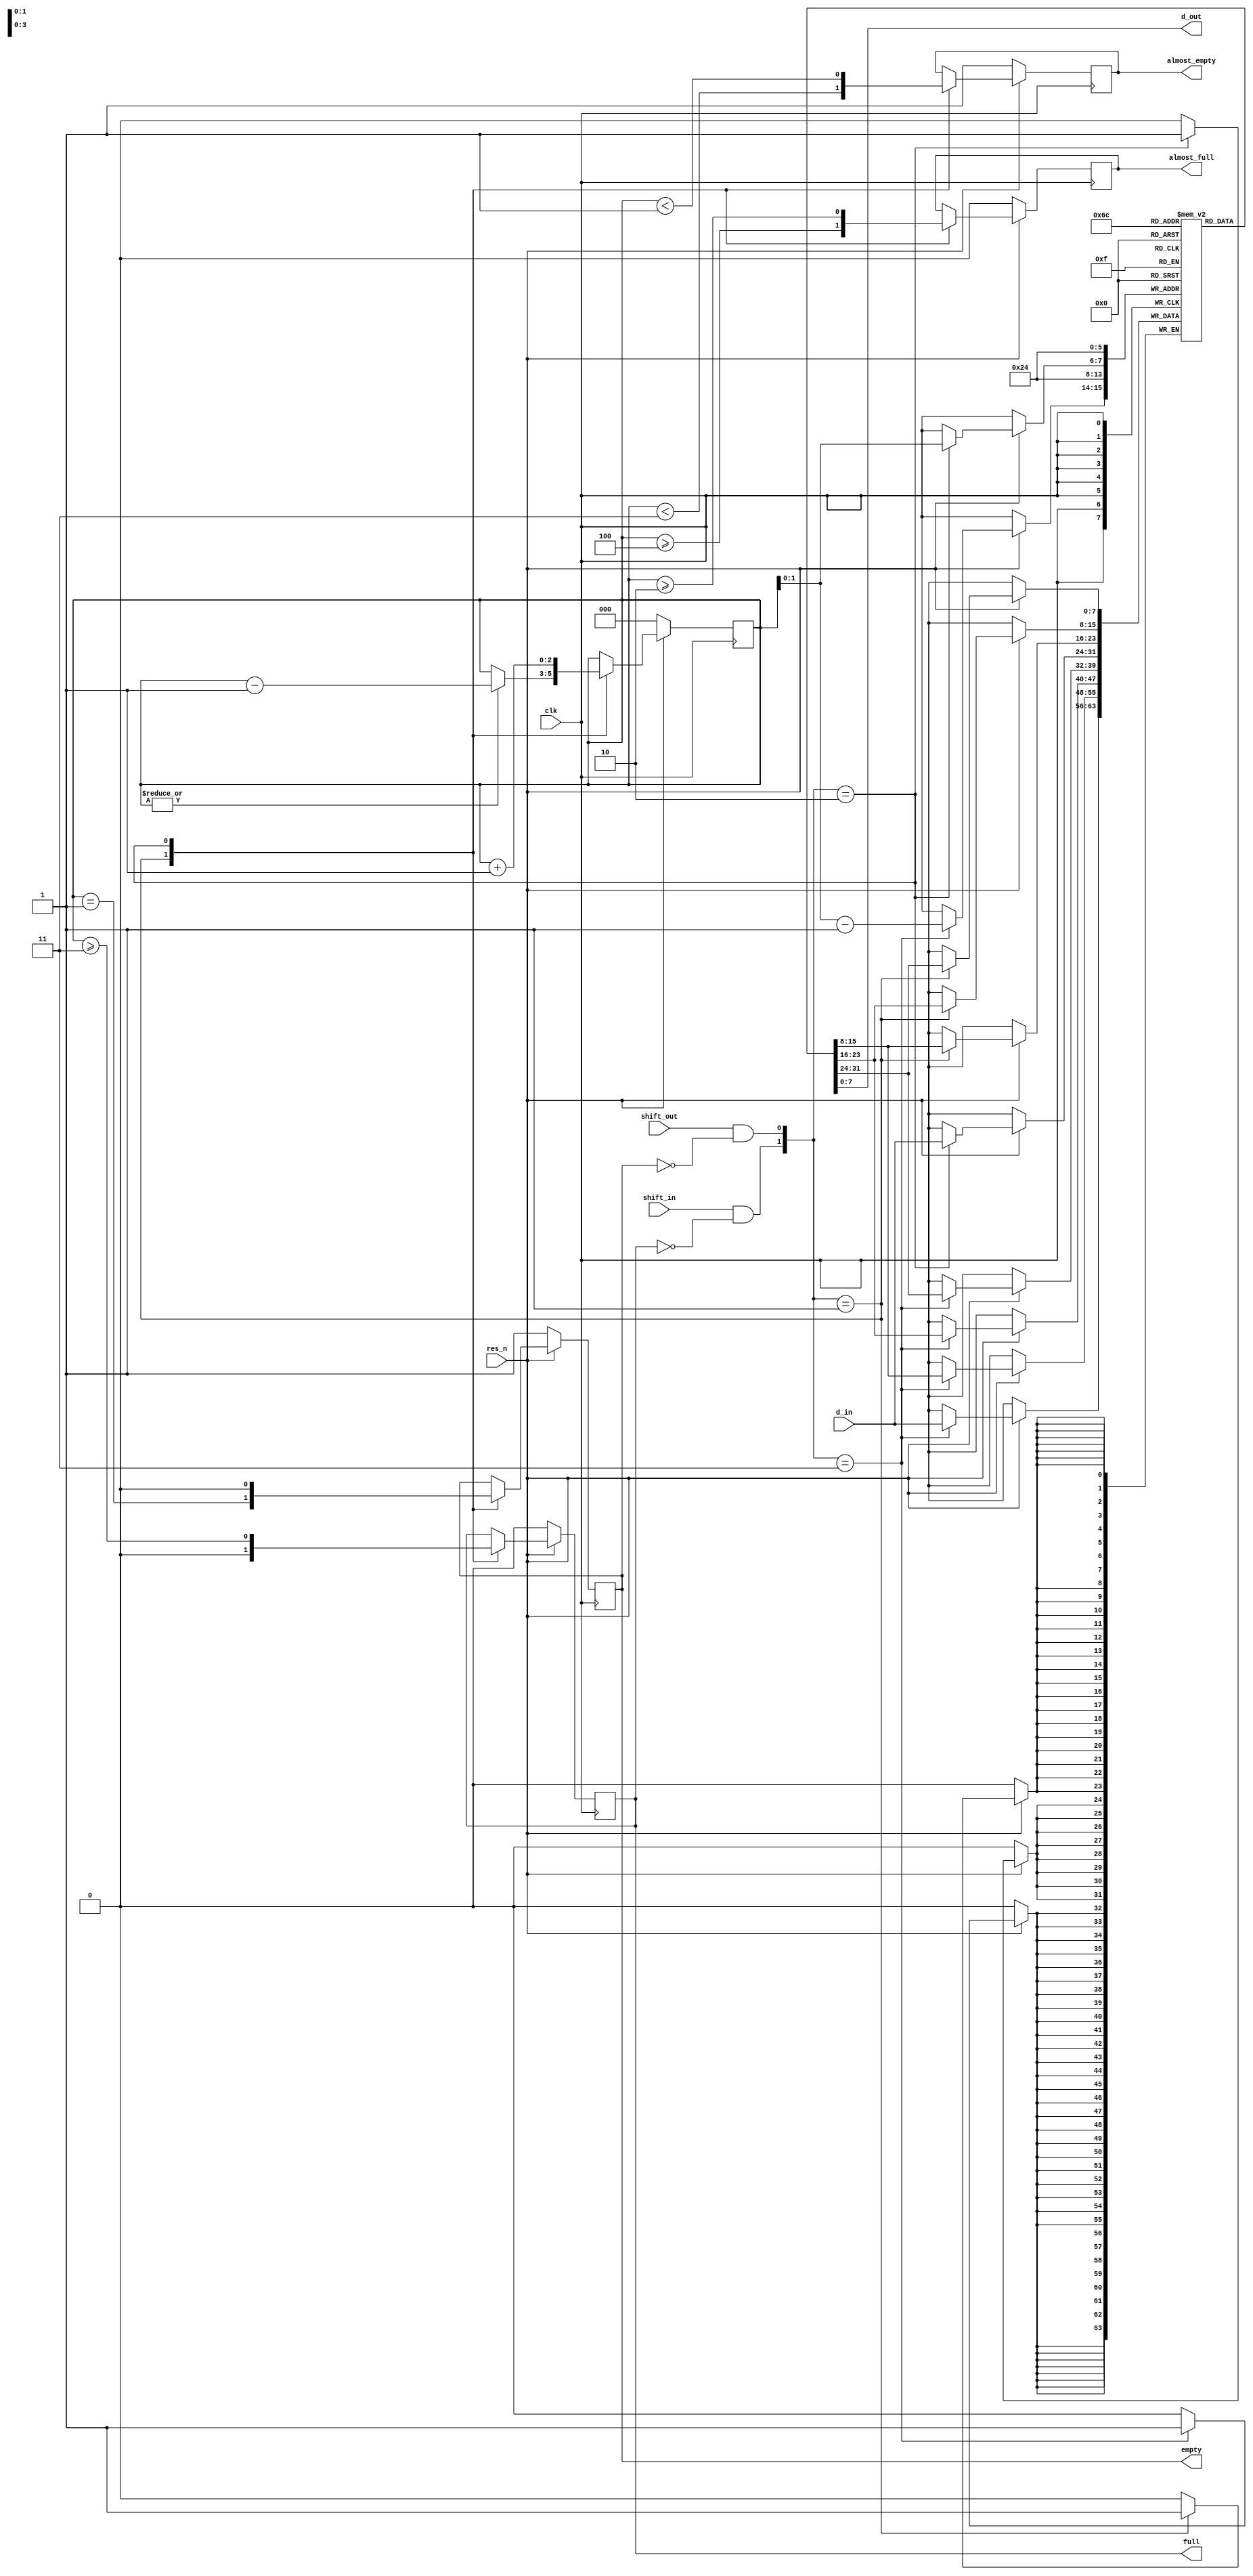
/*
 *                              .--------------. .----------------. .------------.
 *                             | .------------. | .--------------. | .----------. |
 *                             | | ____  ____ | | | ____    ____ | | |   ______ | |
 *                             | ||_   ||   _|| | ||_   \  /   _|| | | .' ___  || |
 *       ___  _ __   ___ _ __  | |  | |__| |  | | |  |   \/   |  | | |/ .'   \_|| |
 *      / _ \| '_ \ / _ \ '_ \ | |  |  __  |  | | |  | |\  /| |  | | || |       | |
 *       (_) | |_) |  __/ | | || | _| |  | |_ | | | _| |_\/_| |_ | | |\ `.___.'\| |
 *      \___/| .__/ \___|_| |_|| ||____||____|| | ||_____||_____|| | | `._____.'| |
 *           | |               | |            | | |              | | |          | |
 *           |_|               | '------------' | '--------------' | '----------' |
 *                              '--------------' '----------------' '------------'
 *
 *  openHMC - An Open Source Hybrid Memory Cube Controller
 *  (C) Copyright 2014 Computer Architecture Group - University of Heidelberg
 *  www.ziti.uni-heidelberg.de
 *  B6, 26
 *  68159 Mannheim
 *  Germany
 *
 *  Contact: openhmc@ziti.uni-heidelberg.de
 *  http://ra.ziti.uni-heidelberg.de/openhmc
 *
 *   This source file is free software: you can redistribute it and/or modify
 *   it under the terms of the GNU Lesser General Public License as published by
 *   the Free Software Foundation, either version 3 of the License, or
 *   (at your option) any later version.
 *
 *   This source file is distributed in the hope that it will be useful,
 *   but WITHOUT ANY WARRANTY; without even the implied warranty of
 *   MERCHANTABILITY or FITNESS FOR A PARTICULAR PURPOSE.  See the
 *   GNU Lesser General Public License for more details.
 *
 *   You should have received a copy of the GNU Lesser General Public License
 *   along with this source file.  If not, see <http://www.gnu.org/licenses/>.
 *
 *
 *  Module name: openhmc_sync_fifo_reg_based
 *
 */

`default_nettype none

module openhmc_sync_fifo_reg_based #(
`ifdef CAG_ASSERTIONS
		parameter DISABLE_EMPTY_ASSERT		= 0,
		parameter DISABLE_FULL_ASSERT		= 0,
		parameter DISABLE_SHIFT_OUT_ASSERT	= 0,
		parameter DISABLE_XCHECK_ASSERT		= 0,
`endif
		parameter DWIDTH					= 8,
		parameter ENTRIES					= 4
	) (
		input wire				clk,
		input wire				res_n,
		input wire				shift_in,
		input wire				shift_out,
		input wire [DWIDTH-1:0]	d_in,

		output wire[DWIDTH-1:0] d_out,
		output reg				full,
		output reg				empty,
		output reg				almost_full,
		output reg				almost_empty
	);

	//the fifo_reg can currently only have up to 2047 entries
	localparam LG_ENTRIES =  (ENTRIES <= 2) ? 1 :
				(ENTRIES <= 4)    ?  2 :
				(ENTRIES <= 8)    ?  3 :
				(ENTRIES <= 16)   ?  4 :
				(ENTRIES <= 32)   ?  5 :
				(ENTRIES <= 64)   ?  6 : 7;

	reg [DWIDTH-1:0]	entry [0:ENTRIES-1];
	reg [LG_ENTRIES:0]	wp;

	integer				i;

	wire				shiftout_clean, shiftin_clean; 

	// first stage of fifo is output
	assign d_out				= entry[0];

	assign shiftout_clean	= shift_out && !empty;
	assign shiftin_clean	= shift_in  && !full;

`ifdef ASYNC_RES
always @(posedge clk or negedge res_n) `else
always @(posedge clk) `endif
begin
		
	if(!res_n)	begin
		wp										<= {LG_ENTRIES+1 {1'b0}};
		full									<= 1'b0;
		empty									<= 1'b1;
		almost_empty							<= 1'b1;
		almost_full								<= 1'b0;
		`ifdef FULL_RES
			for (i=0; i<ENTRIES; i=i+1)
				entry[i]							<= {DWIDTH {1'b0}};
		`endif
	end else begin
		case ({shiftin_clean, shiftout_clean})
			2'b01: // only shift-out, move entries, decrement WP if not already 0 and check status signals
			begin
				for (i=1; i<ENTRIES; i=i+1)
					entry[i-1]					<= entry[i];

				if (|wp)
					wp							<= wp - 1'b1;

				empty							<= (wp == {{LG_ENTRIES {1'b0}}, 1'b1});
				full							<= 1'b0;
				almost_full						<= (wp >= ENTRIES+1-1);
				almost_empty					<= (wp < 1 + 2);
			end

			2'b10: // only shift-in, write at next free entry, increment WP and check status signals
			begin
				entry[wp[LG_ENTRIES-1:0]]		<= d_in;
				wp								<= wp + 1'b1;
				empty							<= 1'b0;
				full							<= (wp >= ENTRIES - 1);
				almost_full						<= (wp >= ENTRIES-1-1);
				almost_empty					<= (wp < 1);
			end

			2'b11: //simultaneous shift-in and -out, move entries through shift registers
			begin
				for (i=1; i<ENTRIES; i=i+1)
					entry[i-1]					<= entry[i];

				entry[wp[LG_ENTRIES-1:0]-1'b1]	<= d_in;
			end
			default: begin
			end
		endcase
	end
end	

`ifdef CAG_COVERAGE
	full_cov:				cover property (@(posedge clk) disable iff(!res_n) (full == 1'b1));
	almost_full_cov:		cover property (@(posedge clk) disable iff(!res_n) (almost_full == 1'b1));
	empty_cov:				cover property (@(posedge clk) disable iff(!res_n) (empty == 1'b1));
	almost_empty_cov:		cover property (@(posedge clk) disable iff(!res_n) (almost_empty == 1'b1));

	covergroup shift_in_and_out @(posedge clk);
		shift_in_and_out_cp: coverpoint ({shift_in, shift_out}) iff (shift_in || shift_out)
		{
			bins count[] = {[1:3]};
		}
	endgroup
	shift_in_and_out shift_in_and_out_I;
	initial begin
		shift_in_and_out_I = new();
		shift_in_and_out_I.set_inst_name("shift_in_and_out_I");
	end
`endif // CAG_COVERAGE

`ifdef CAG_ASSERTIONS

	// when the FIFO signals empty, it must logically also be almost empty
	empty_means_aempty : assert property (@(posedge clk) disable iff(!res_n) empty |-> almost_empty);

	wp_eq_0_means_empty_A : assert property (@(posedge clk) disable iff(!res_n) (wp==0) |-> empty);
	wp_eq_0_means_empty_B : assert property (@(posedge clk) disable iff(!res_n) empty |-> (wp==0));

	aempty_condition_A : assert property (@(posedge clk) disable iff(!res_n) (wp>1) |-> !almost_empty);
	aempty_condition_B : assert property (@(posedge clk) disable iff(!res_n) !almost_empty |-> (wp>1));

	shift_in_and_full:			assert property (@(posedge clk) disable iff(!res_n) (shift_in |-> !full));

	if (DISABLE_SHIFT_OUT_ASSERT == 0)
		shift_out_and_empty:	assert property (@(posedge clk) disable iff(!res_n) (shift_out |-> !empty));

      if (DISABLE_XCHECK_ASSERT == 0)
	dout_known:					assert property (@(posedge clk) disable iff(!res_n) (!empty |-> !$isunknown(d_out)));


	final
	begin
		if (DISABLE_FULL_ASSERT == 0)
		begin
			assert_full_set:				assert (!full);
			assert_almost_full_set:			assert (!almost_full);
		end

		if (DISABLE_EMPTY_ASSERT == 0)
		begin
			assert_write_pointer_not_zero:	assert (wp == 0);
			assert_almost_empty_not_set:	assert (almost_empty);
			assert_empty_not_set:			assert (empty);
		end
	end
`endif // CAG_ASSERTIONS

endmodule

`default_nettype wire